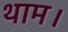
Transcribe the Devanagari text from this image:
थाम।